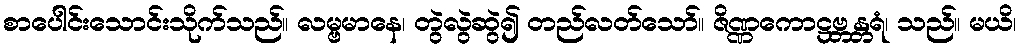
စာပေါင်းသောင်းသိုက်သည်။ လမ္ဗမာနေ၊ တွဲလွဲဆွဲ၍ တည်လတ်သော်။ ဇိဏ္ဏကောဋ္ဌဗ္ဘန္တရံ၊ သည်။ မယိ၊